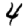
Digit: 4